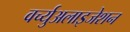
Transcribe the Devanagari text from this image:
वर्च्युअलाइजेशन